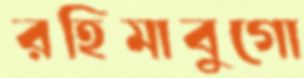
রহিমাবুগো